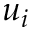
u _ { i }